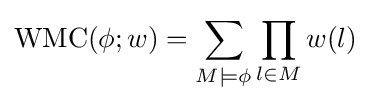
{\text{WMC}}(\phi ;w)=\sum _{M\models \phi }\prod _{l\in M}w(l)